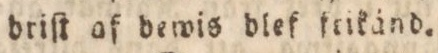
driſt af dewis blef frikänd.